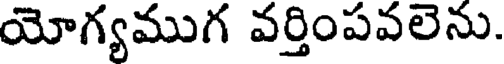
యోగ్యముగ వర్తింపవలెను.